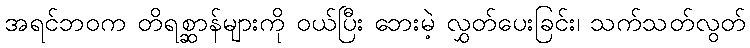
အရင်ဘဝက တိရစ္ဆာန်များကို ဝယ်ပြီး ဘေးမဲ့ လွှတ်ပေးခြင်း၊ သက်သတ်လွတ်